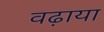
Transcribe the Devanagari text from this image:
वढ़ाया